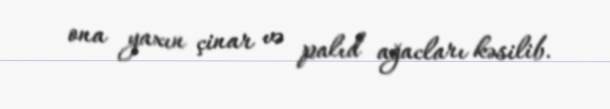
ona yaxın çinar və palıd ağacları kəsilib.